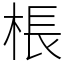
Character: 棖